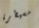
مسيطرة